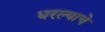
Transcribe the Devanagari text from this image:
धरल्याचे